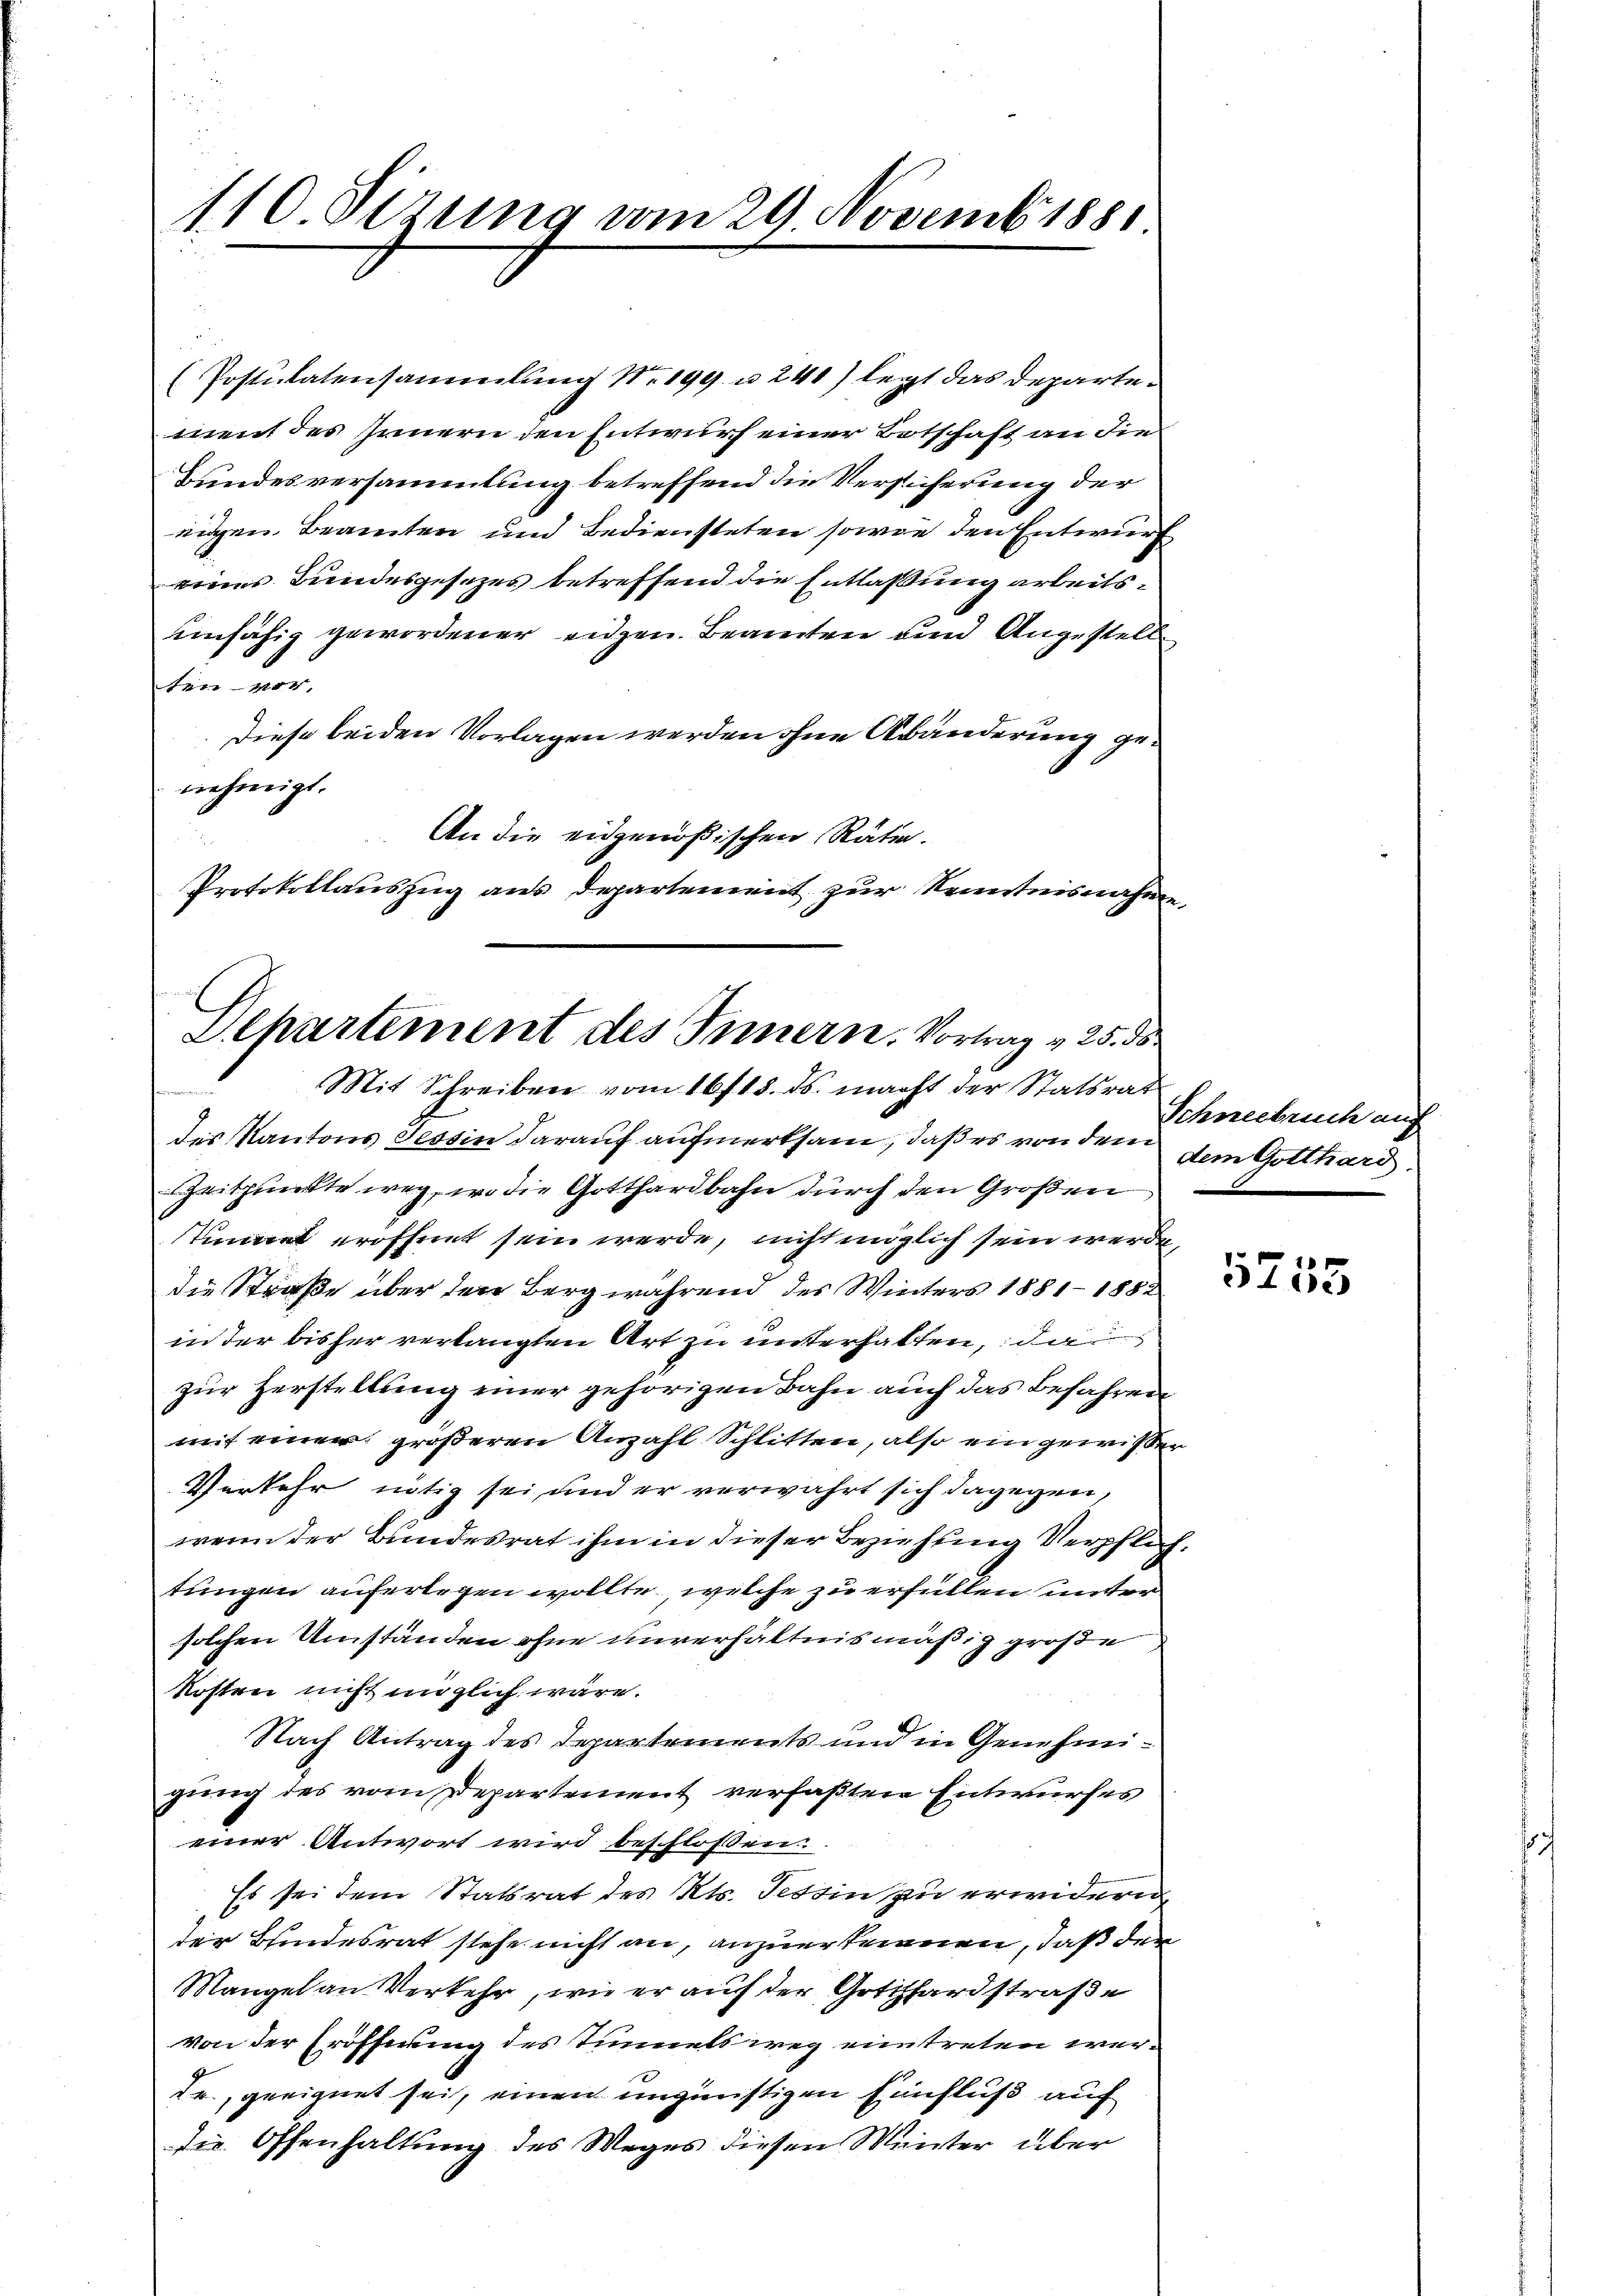
110 Sizung vom 29. Novembiss.

(Postulatensammlung Nr. 199. u 240) legt das Departement des Innern den Entwurf einer Botschaft an die
Bundesversammlung betreffend die Versicherung der
nigen Beamten und Bediensteten sowie den Entwurf
eines Bundesgesezes betreffend die Entlaßung arbeitseinfähig gewordener eigen Beamten und Angestell
ten ver-
Diese beiden Vorlagen werden ohne Abänderung genehmigt.
An die eidgenößischen Räthe.
Protokollauszug aus Departement zur Kenntnisnahme,

Departement des Innern. Vortrag v. 25. ds
Mit Schreiben vom 16715. ds. macht der Statsrat

des Kantons Tessin darauf aufmerksam, daß es von dem dem Gotthard.
Zeitpunkte weg, wo die Gotthardbahn durch den Großen
timnet eröffnet sein werde, nicht möglich sein werde,
die Straße über den Berg während des Winters 1881-1882
in der bisher verlangten Art zu unterhalten, da
zur Herstellung einer gehörigen Bahn auch das befahren
mit einer größeren Anzahl Schlitten, also ein gewisser
Verkehr nötig sei und er verwahrt sich dagegen,
wenn der Bundesrat ihm in dieser Beziehung Verpflichtungen auferlegen wollte, welche zu erfüllen unter
solchen Umständen ohne unverhältnismäßig große
Kosten nicht möglich wäre.
Nach Antrag des Departements und in Genehmigung des vom Departement verfaßten Entwurfes
einer Antwort wird beschlossen:
Es sei dem Statsrat des Kts. Tessin zu erwidern
der Bundesrat stehe nicht an, anzuerkennen, daß der
Mangel an Verkehr, wie er auf der Gotthardstraße
von der Eröfferung des Tunnels weg eintreten werde, geeignet sei, einen ungünstigen Einfluß auf
die Offenhaltung des Weges diesen Winter über

Schneebruch auf

753